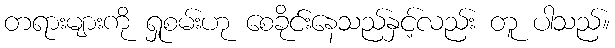
တရားများကို ရှုစမ်းဟု စေခိုင်းနေသည်နှင့်လည်း တူ ပါသည်။